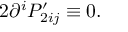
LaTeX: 2 \partial ^ { i } P _ { 2 i j } ^ { \prime } \equiv 0 .